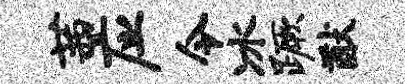
茜应令冰蹶猷